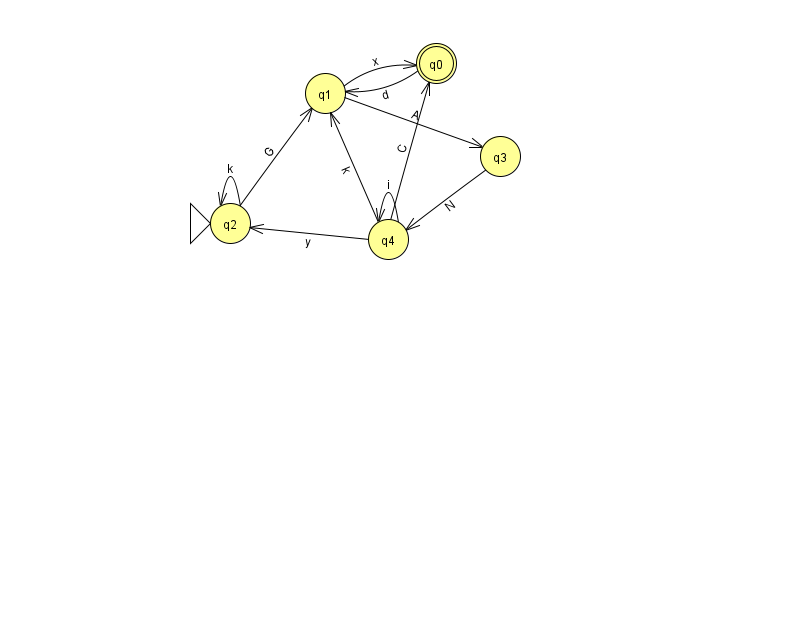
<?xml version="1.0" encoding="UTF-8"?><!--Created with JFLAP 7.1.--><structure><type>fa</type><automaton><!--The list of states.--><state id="0" name="q0"><x>436.0</x><y>50.0</y><final/></state><state id="1" name="q1"><x>325.0</x><y>80.0</y></state><state id="2" name="q2"><x>230.0</x><y>210.0</y><initial/></state><state id="3" name="q3"><x>500.0</x><y>143.0</y></state><state id="4" name="q4"><x>388.0</x><y>226.0</y></state><!--The list of transitions.--><transition><from>3</from><to>4</to><read>N</read></transition><transition><from>4</from><to>1</to><read>k</read></transition><transition><from>0</from><to>1</to><read>d</read></transition><transition><from>1</from><to>3</to><read>A</read></transition><transition><from>2</from><to>1</to><read>G</read></transition><transition><from>4</from><to>0</to><read>C</read></transition><transition><from>4</from><to>4</to><read>i</read></transition><transition><from>1</from><to>0</to><read>x</read></transition><transition><from>2</from><to>2</to><read>k</read></transition><transition><from>4</from><to>2</to><read>y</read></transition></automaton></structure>